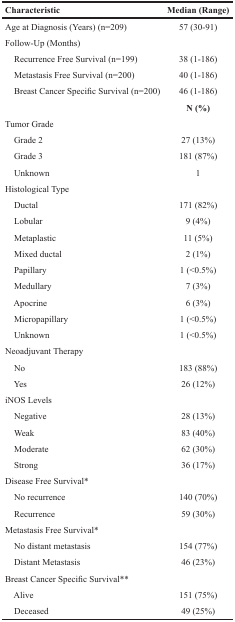
<table><thead><tr><td><b>Characteristic</b></td><td><b>Median (Range)</b></td></tr></thead><tbody><tr><td>Age at Diagnosis (Years) (n=209)</td><td>57 (30-91)</td></tr><tr><td colspan="2">Follow-Up (Months)</td></tr><tr><td> Recurrence Free Survival (n=199)</td><td>38 (1-186)</td></tr><tr><td> Metastasis Free Survival (n=200)</td><td>40 (1-186)</td></tr><tr><td> Breast Cancer Specific Survival (n=200)</td><td>46 (1-186)</td></tr><tr><td></td><td><b>N (%)</b></td></tr><tr><td colspan="2">Tumor Grade</td></tr><tr><td> Grade 2</td><td>27 (13%)</td></tr><tr><td> Grade 3</td><td>181 (87%)</td></tr><tr><td> Unknown</td><td>1</td></tr><tr><td colspan="2">Histological Type</td></tr><tr><td> Ductal</td><td>171 (82%)</td></tr><tr><td> Lobular</td><td>9 (4%)</td></tr><tr><td> Metaplastic</td><td>11 (5%)</td></tr><tr><td> Mixed ductal</td><td>2 (1%)</td></tr><tr><td> Papillary</td><td>1 (&lt;0.5%)</td></tr><tr><td> Medullary</td><td>7 (3%)</td></tr><tr><td> Apocrine</td><td>6 (3%)</td></tr><tr><td> Micropapillary</td><td>1 (&lt;0.5%)</td></tr><tr><td> Unknown</td><td>1 (&lt;0.5%)</td></tr><tr><td colspan="2">Neoadjuvant Therapy</td></tr><tr><td> No</td><td>183 (88%)</td></tr><tr><td> Yes</td><td>26 (12%)</td></tr><tr><td colspan="2">iNOS Levels</td></tr><tr><td> Negative</td><td>28 (13%)</td></tr><tr><td> Weak</td><td>83 (40%)</td></tr><tr><td> Moderate</td><td>62 (30%)</td></tr><tr><td> Strong</td><td>36 (17%)</td></tr><tr><td colspan="2">Disease Free Survival*</td></tr><tr><td> No recurrence</td><td>140 (70%)</td></tr><tr><td> Recurrence</td><td>59 (30%)</td></tr><tr><td colspan="2">Metastasis Free Survival*</td></tr><tr><td> No distant metastasis</td><td>154 (77%)</td></tr><tr><td> Distant Metastasis</td><td>46 (23%)</td></tr><tr><td colspan="2">Breast Cancer Specific Survival**</td></tr><tr><td> Alive</td><td>151 (75%)</td></tr><tr><td> Deceased</td><td>49 (25%)</td></tr></tbody></table>